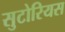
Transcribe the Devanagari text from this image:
सुटोरियस